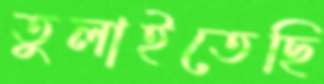
তুলাইতেছি